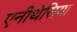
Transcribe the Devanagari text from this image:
एनीथेसिया